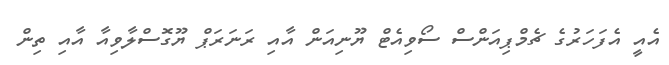
އެއީ އެފަހަރުގެ ޗެމްޕިއަންސް ސޯވިއެޓް ޔޫނިއަން އާއި ރަނަރަޕް ޔޫގޮސްލާވިއާ އާއި ތިން